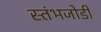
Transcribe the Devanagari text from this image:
स्तंभजोडी